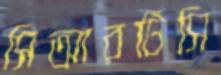
সিআরটিসি